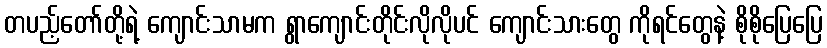
တပည့်တော်တို့ရဲ့ ကျောင်းသာမက ရွာကျောင်းတိုင်းလိုလိုပင် ကျောင်းသားတွေ ကိုရင်တွေနဲ့ စိုစိုပြေပြေ